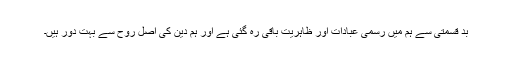
بد قسمتی سے ہم میں رسمی عبادات اور ظاہریت باقی رہ گئی ہے اور ہم دین کی اصل روح سے بہت دور ہیں۔